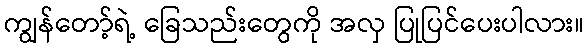
ကျွန်တော့်ရဲ့ ခြေသည်းတွေကို အလှ ပြုပြင်ပေးပါလား။